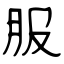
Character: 服